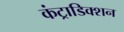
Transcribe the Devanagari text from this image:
कंट्राडिक्शन